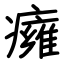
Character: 癕